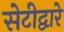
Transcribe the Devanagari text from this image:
सेटीद्वारे